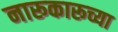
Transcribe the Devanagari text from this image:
नारूकारूच्या